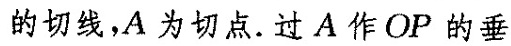
的切线，A为切点。过A作OP的垂